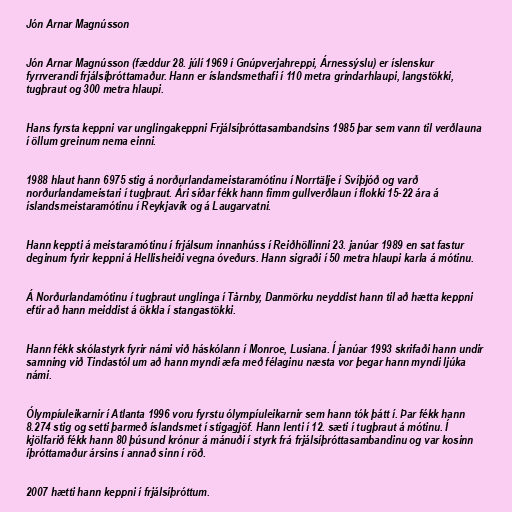
Jón Arnar Magnússon

Jón Arnar Magnússon (fæddur 28. júlí 1969 í Gnúpverjahreppi, Árnessýslu) er íslenskur
fyrrverandi frjálsíþróttamaður. Hann er íslandsmethafi í 110 metra grindarhlaupi, langstökki,
tugþraut og 300 metra hlaupi.

Hans fyrsta keppni var unglingakeppni Frjálsíþróttasambandsins 1985 þar sem vann til verðlauna
í öllum greinum nema einni.

1988 hlaut hann 6975 stig á norðurlandameistaramótinu í Norrtälje í Svíþjóð og varð
norðurlandameistari í tugþraut. Ári síðar fékk hann fimm gullverðlaun í flokki 15-22 ára á
íslandsmeistaramótinu í Reykjavík og á Laugarvatni.

Hann keppti á meistaramótinu í frjálsum innanhúss í Reiðhöllinni 23. janúar 1989 en sat fastur
deginum fyrir keppni á Hellisheiði vegna óveðurs. Hann sigraði í 50 metra hlaupi karla á mótinu.

Á Norðurlandamótinu í tugþraut unglinga í Tårnby, Danmörku neyddist hann til að hætta keppni
eftir að hann meiddist á ökkla í stangastökki.

Hann fékk skólastyrk fyrir námi við háskólann í Monroe, Lusiana. Í janúar 1993 skrifaði hann undir
samning við Tindastól um að hann myndi æfa með félaginu næsta vor þegar hann myndi ljúka
námi.

Ólympíuleikarnir í Atlanta 1996 voru fyrstu ólympíuleikarnir sem hann tók þátt í. Þar fékk hann
8.274 stig og setti þarmeð íslandsmet í stigagjöf. Hann lenti í 12. sæti í tugþraut á mótinu. Í
kjölfarið fékk hann 80 þúsund krónur á mánuði í styrk frá frjálsíþróttasambandinu og var kosinn
íþróttamaður ársins í annað sinn í röð.

2007 hætti hann keppni í frjálsíþróttum.